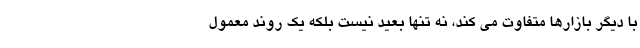
با دیگر بازارها متفاوت می کند، نه تنها بعید نیست بلکه یک روند معمول